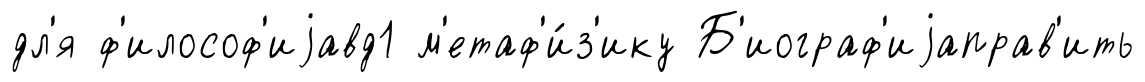
дл'я ф'илософ'иjавд1 м'етаф'и́з'ику Б'иограф'иjаправ'ить